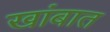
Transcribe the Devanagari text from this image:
खांबात